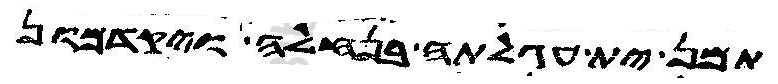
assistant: תמן ית עגלתה בנחלה ויקדמון